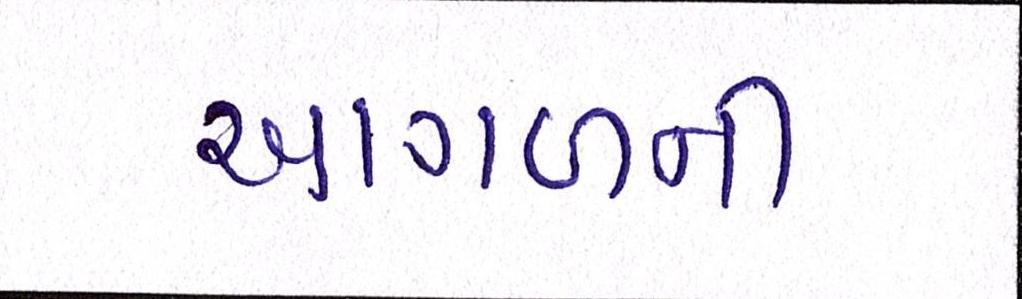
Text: આગળની